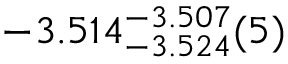
- 3 . 5 1 4 _ { - 3 . 5 2 4 } ^ { - 3 . 5 0 7 } ( 5 )